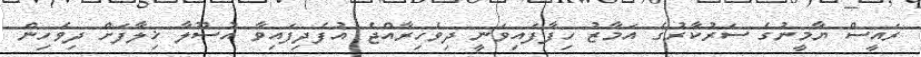
ރައީސް ޔާމީނުގެ ސަރުކާރުގެ އަމާޒު ހިފާފައިވަނީ ދިވެހިރާއްޖެ އުފެދިފައިވާ އުސޫލާ ޚިލާފަށް ދިވެހިން